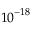
{ 1 0 } ^ { - 1 8 }